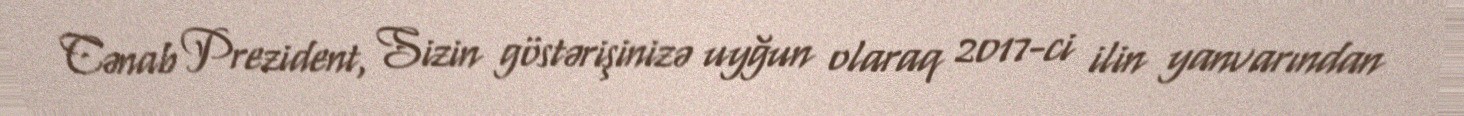
Cənab Prezident, Sizin göstərişinizə uyğun olaraq 2017-ci ilin yanvarından